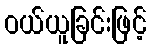
ဝယ်ယူခြင်းဖြင့်